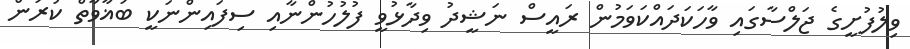
ވިލުފުށީގެ ޖަލްސާގައި ވާހަކަދައްކަވަމުން ރައީސް ނަޝީދު ވިދާޅުވީ ފުލުހުންނާއި ސިފައިންނަކީ ބަޣާވާތް ކުރަން